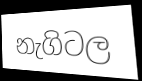
නැගිටල